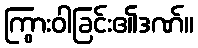
ကြွားဝါခြင်း၏ဒဏ်။